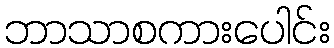
ဘာသာစကားပေါင်း